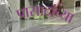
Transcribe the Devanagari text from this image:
प्रासादांच्या